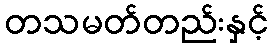
တသမတ်တည်းနှင့်